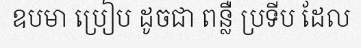
ឧបមា ប្រៀប ដូចជា ពន្លឺ ប្រទីប ដែល